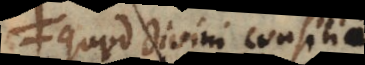
quod divini consilii